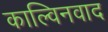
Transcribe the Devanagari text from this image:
काल्विनवाद